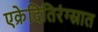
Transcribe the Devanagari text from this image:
एक्रेदितिरंग्स्रात